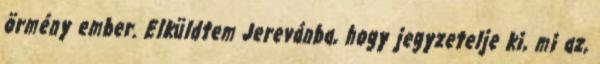
örmény ember. Elküldtem Jerevánba, hogy jegyzetelje ki, mi az,